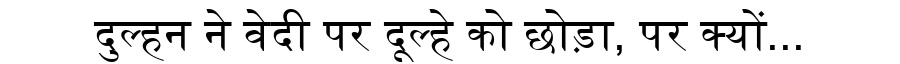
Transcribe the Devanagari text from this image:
दुल्हन ने वेदी पर दूल्हे को छोड़ा, पर क्यों...